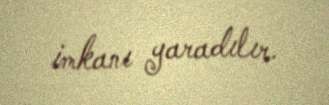
imkanı yaradılır.